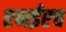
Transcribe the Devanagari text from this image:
एनईएच